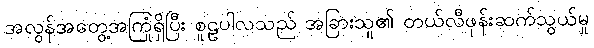
အလွန်အတွေ့အကြုံရှိပြီး စူဠပါလသည် အခြားသူ၏ တယ်လီဖုန်းဆက်သွယ်မှု